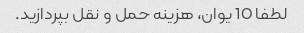
لطفا 10 یوان، هزینه حمل و نقل بپردازید.